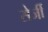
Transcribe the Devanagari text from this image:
सेर्जी